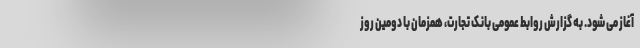
آغاز می شود. به گزارش روابط عمومی بانک تجارت، همزمان با دومین روز